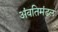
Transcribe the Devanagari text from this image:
अंवतिमंडल